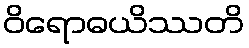
ဝိရောဓယိဿတိ